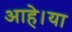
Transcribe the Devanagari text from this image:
आहे।या